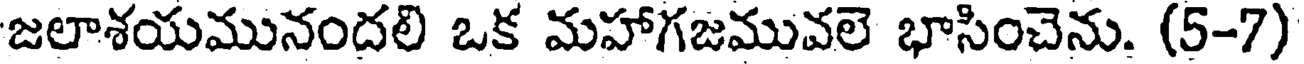
జలాశయమునందలి ఒక మహాగజమువలె భాసించెను. (5-7)